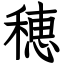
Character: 穂